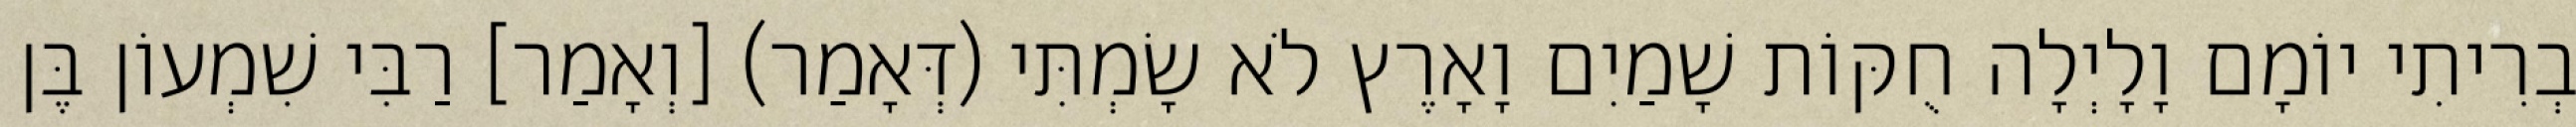
בְרִיתִי יוֹמָם וָלָיְלָה חֻקּוֹת שָׁמַיִם וָאָרֶץ לֹא שָׂמְתִּי (דְּאָמַר) [וְאָמַר] רַבִּי שִׁמְעוֹן בֶּן